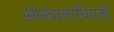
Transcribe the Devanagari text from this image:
संस्थानाधिपती